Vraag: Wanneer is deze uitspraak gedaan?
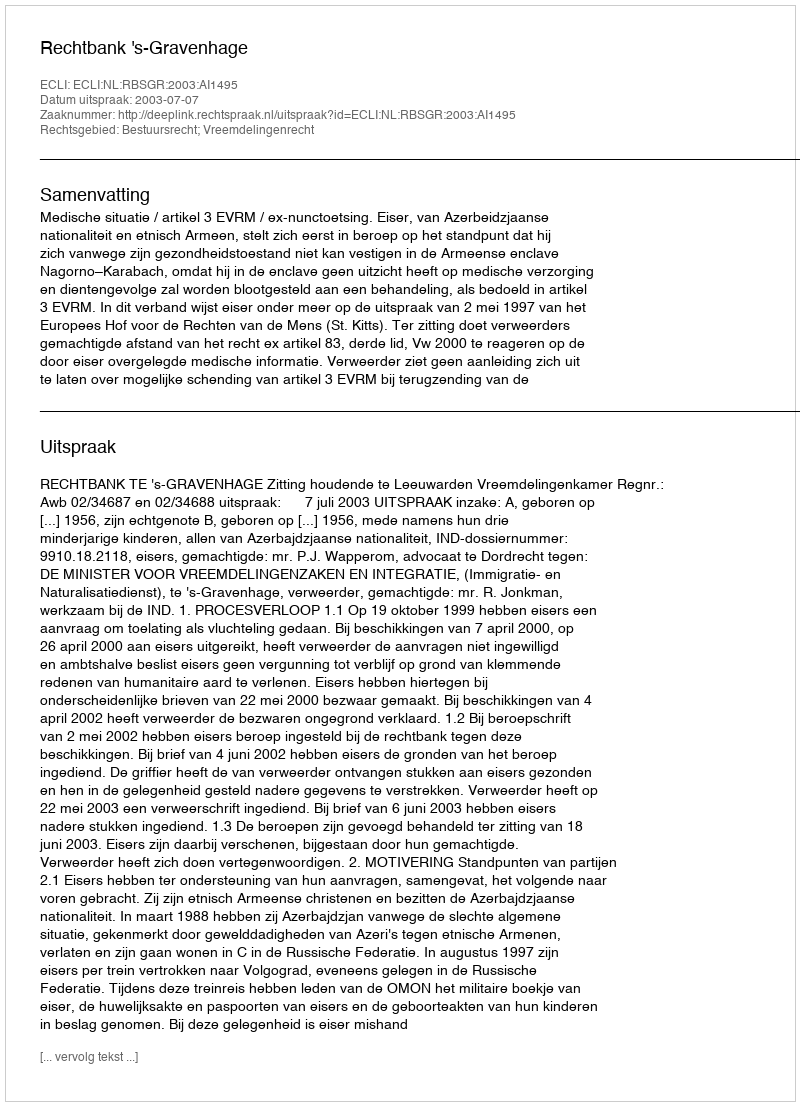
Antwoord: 2003-07-07